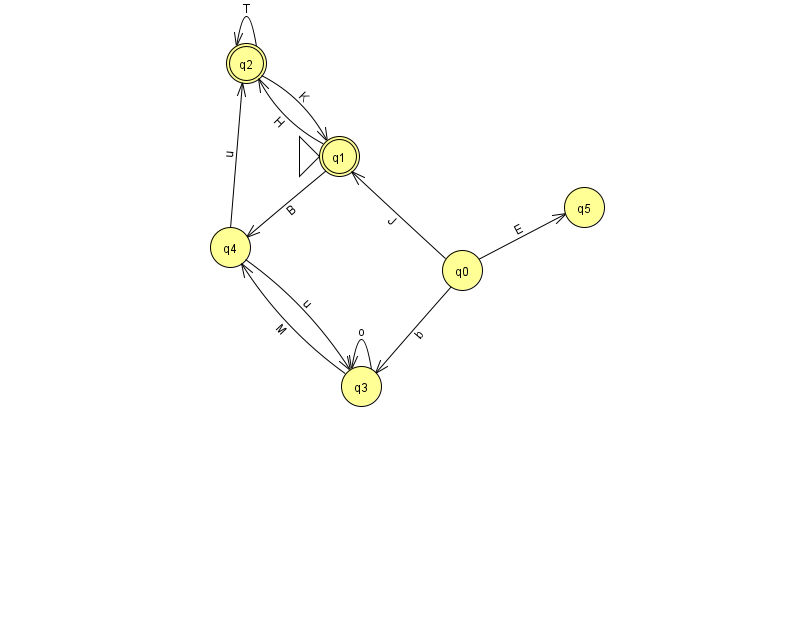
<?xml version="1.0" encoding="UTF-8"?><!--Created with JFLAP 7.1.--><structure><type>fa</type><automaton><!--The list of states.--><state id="0" name="q0"><x>462.0</x><y>257.0</y></state><state id="1" name="q1"><x>339.0</x><y>143.0</y><initial/><final/></state><state id="2" name="q2"><x>246.0</x><y>50.0</y><final/></state><state id="3" name="q3"><x>361.0</x><y>373.0</y></state><state id="4" name="q4"><x>230.0</x><y>234.0</y></state><state id="5" name="q5"><x>584.0</x><y>194.0</y></state><!--The list of transitions.--><transition><from>4</from><to>2</to><read>u</read></transition><transition><from>0</from><to>3</to><read>b</read></transition><transition><from>0</from><to>5</to><read>E</read></transition><transition><from>2</from><to>1</to><read>K</read></transition><transition><from>2</from><to>2</to><read>T</read></transition><transition><from>3</from><to>4</to><read>M</read></transition><transition><from>1</from><to>2</to><read>H</read></transition><transition><from>1</from><to>4</to><read>B</read></transition><transition><from>0</from><to>1</to><read>J</read></transition><transition><from>4</from><to>3</to><read>u</read></transition><transition><from>3</from><to>3</to><read>o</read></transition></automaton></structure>